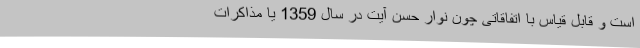
است و قابل قیاس با اتفاقاتی چون نوار حسن آیت در سال 1359 یا مذاکرات